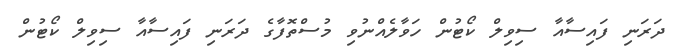
ދަރަނި ފައިސާއާ ސިވިލް ކޯޓުން ހަވާލެއްނުވި މުސްތޮފާގެ ދަރަނި ފައިސާއާ ސިވިލް ކޯޓުން